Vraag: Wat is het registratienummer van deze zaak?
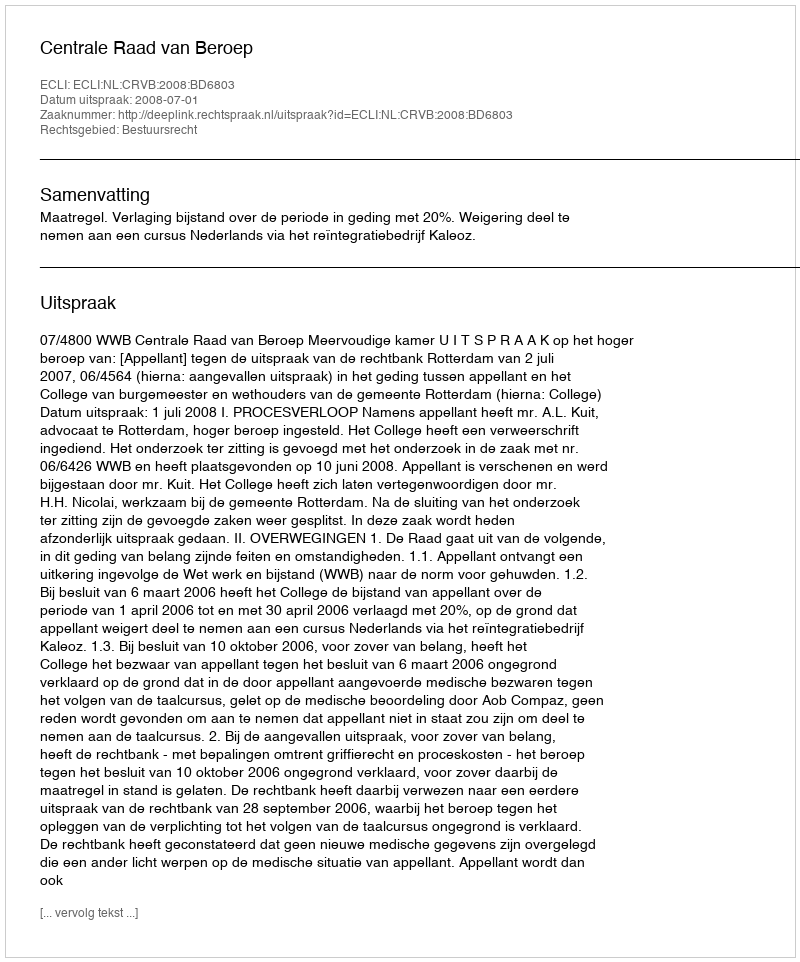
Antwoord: http://deeplink.rechtspraak.nl/uitspraak?id=ECLI:NL:CRVB:2008:BD6803